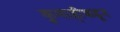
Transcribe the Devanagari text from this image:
कुणाहीकडून